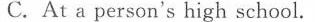
C.At a person's high school.